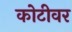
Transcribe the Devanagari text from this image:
कोटीवर